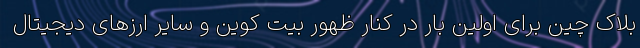
بلاک چین برای اولین بار در کنار ظهور بیت کوین و سایر ارزهای دیجیتال